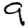
Digit: 9